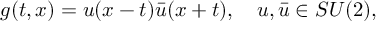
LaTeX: g ( t , x ) = u ( x - t ) \bar { u } ( x + t ) , \quad u , \bar { u } \in S U ( 2 ) ,